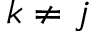
k \neq j